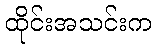
ထိုင်းအသင်းက